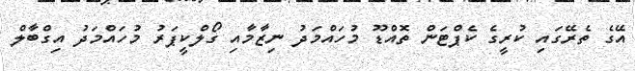
އޭގެ ތެރޭގައި ކުރީގެ ކެޕްޓަން ތޮއްޑޫ މުހައްމަދު ނިޒާމާއި ގޯލްކީޕަރު މުހައްމަދު އިގްބާލް